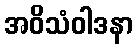
အဝိသံဝါဒနာ